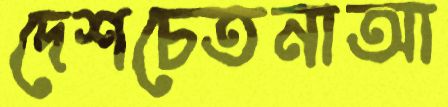
দেশচেতনাআ